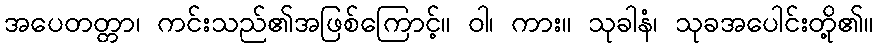
အပေတတ္တာ၊ ကင်းသည်၏အဖြစ်ကြောင့်။ ဝါ၊ ကား။ သုခါနံ၊ သုခအပေါင်းတို့၏။